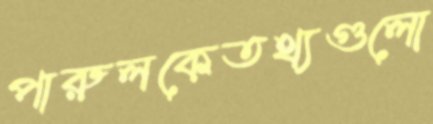
পারুলকেতথ্যগুলো